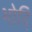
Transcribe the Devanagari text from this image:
भोदि